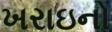
ખરાઇનો